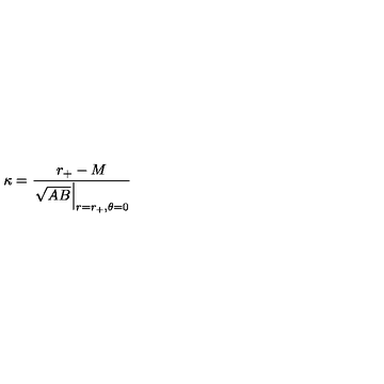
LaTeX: \kappa = { \frac { r _ { + } - M } { \left. \sqrt { A B } \right| _ { r = r _ { + } , \theta = 0 } } }